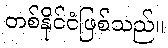
တစ်နိုင်ငံဖြစ်သည်။